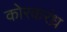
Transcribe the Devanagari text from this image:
कोरकरंध्र